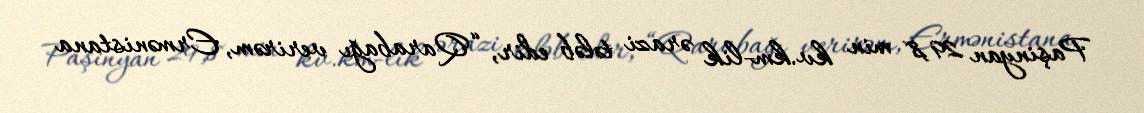
Paşinyan 29,8 min kv.km-lik ərazi tələb edir, “Qarabağı verirəm, Ermənistana